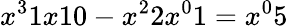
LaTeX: {x^{3}}1{x}10-{x^{2}}2{x^{0}}1={x^{0}}5